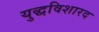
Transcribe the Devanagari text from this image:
युद्धविशारद